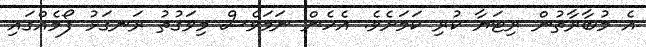
އެ މުބާރާތުން ރިޓަޔާ ކުރި ކަމަށެވެ. އެހެން ނަމަވެސް މިވަގުތު ރަނގަޅު ފޯމެއްގައި